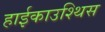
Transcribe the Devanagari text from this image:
हाईकाउश्थिस